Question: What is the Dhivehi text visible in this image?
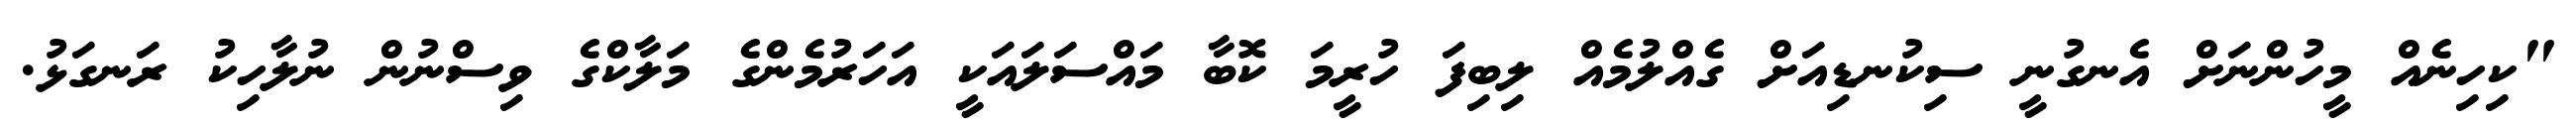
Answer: "ކިހިނެއް މީހުންނަށް އެނގުނީ ސިކުނޑިއަށް ގެއްލުމެއް ލިބިފަ ހުރީމަ ކޮބާ މައްސަލައަކީ އަހަރުމެންގެ މަލާކްގެ ވިސްނުން ނުލާހިކު ރަނގަޅު.